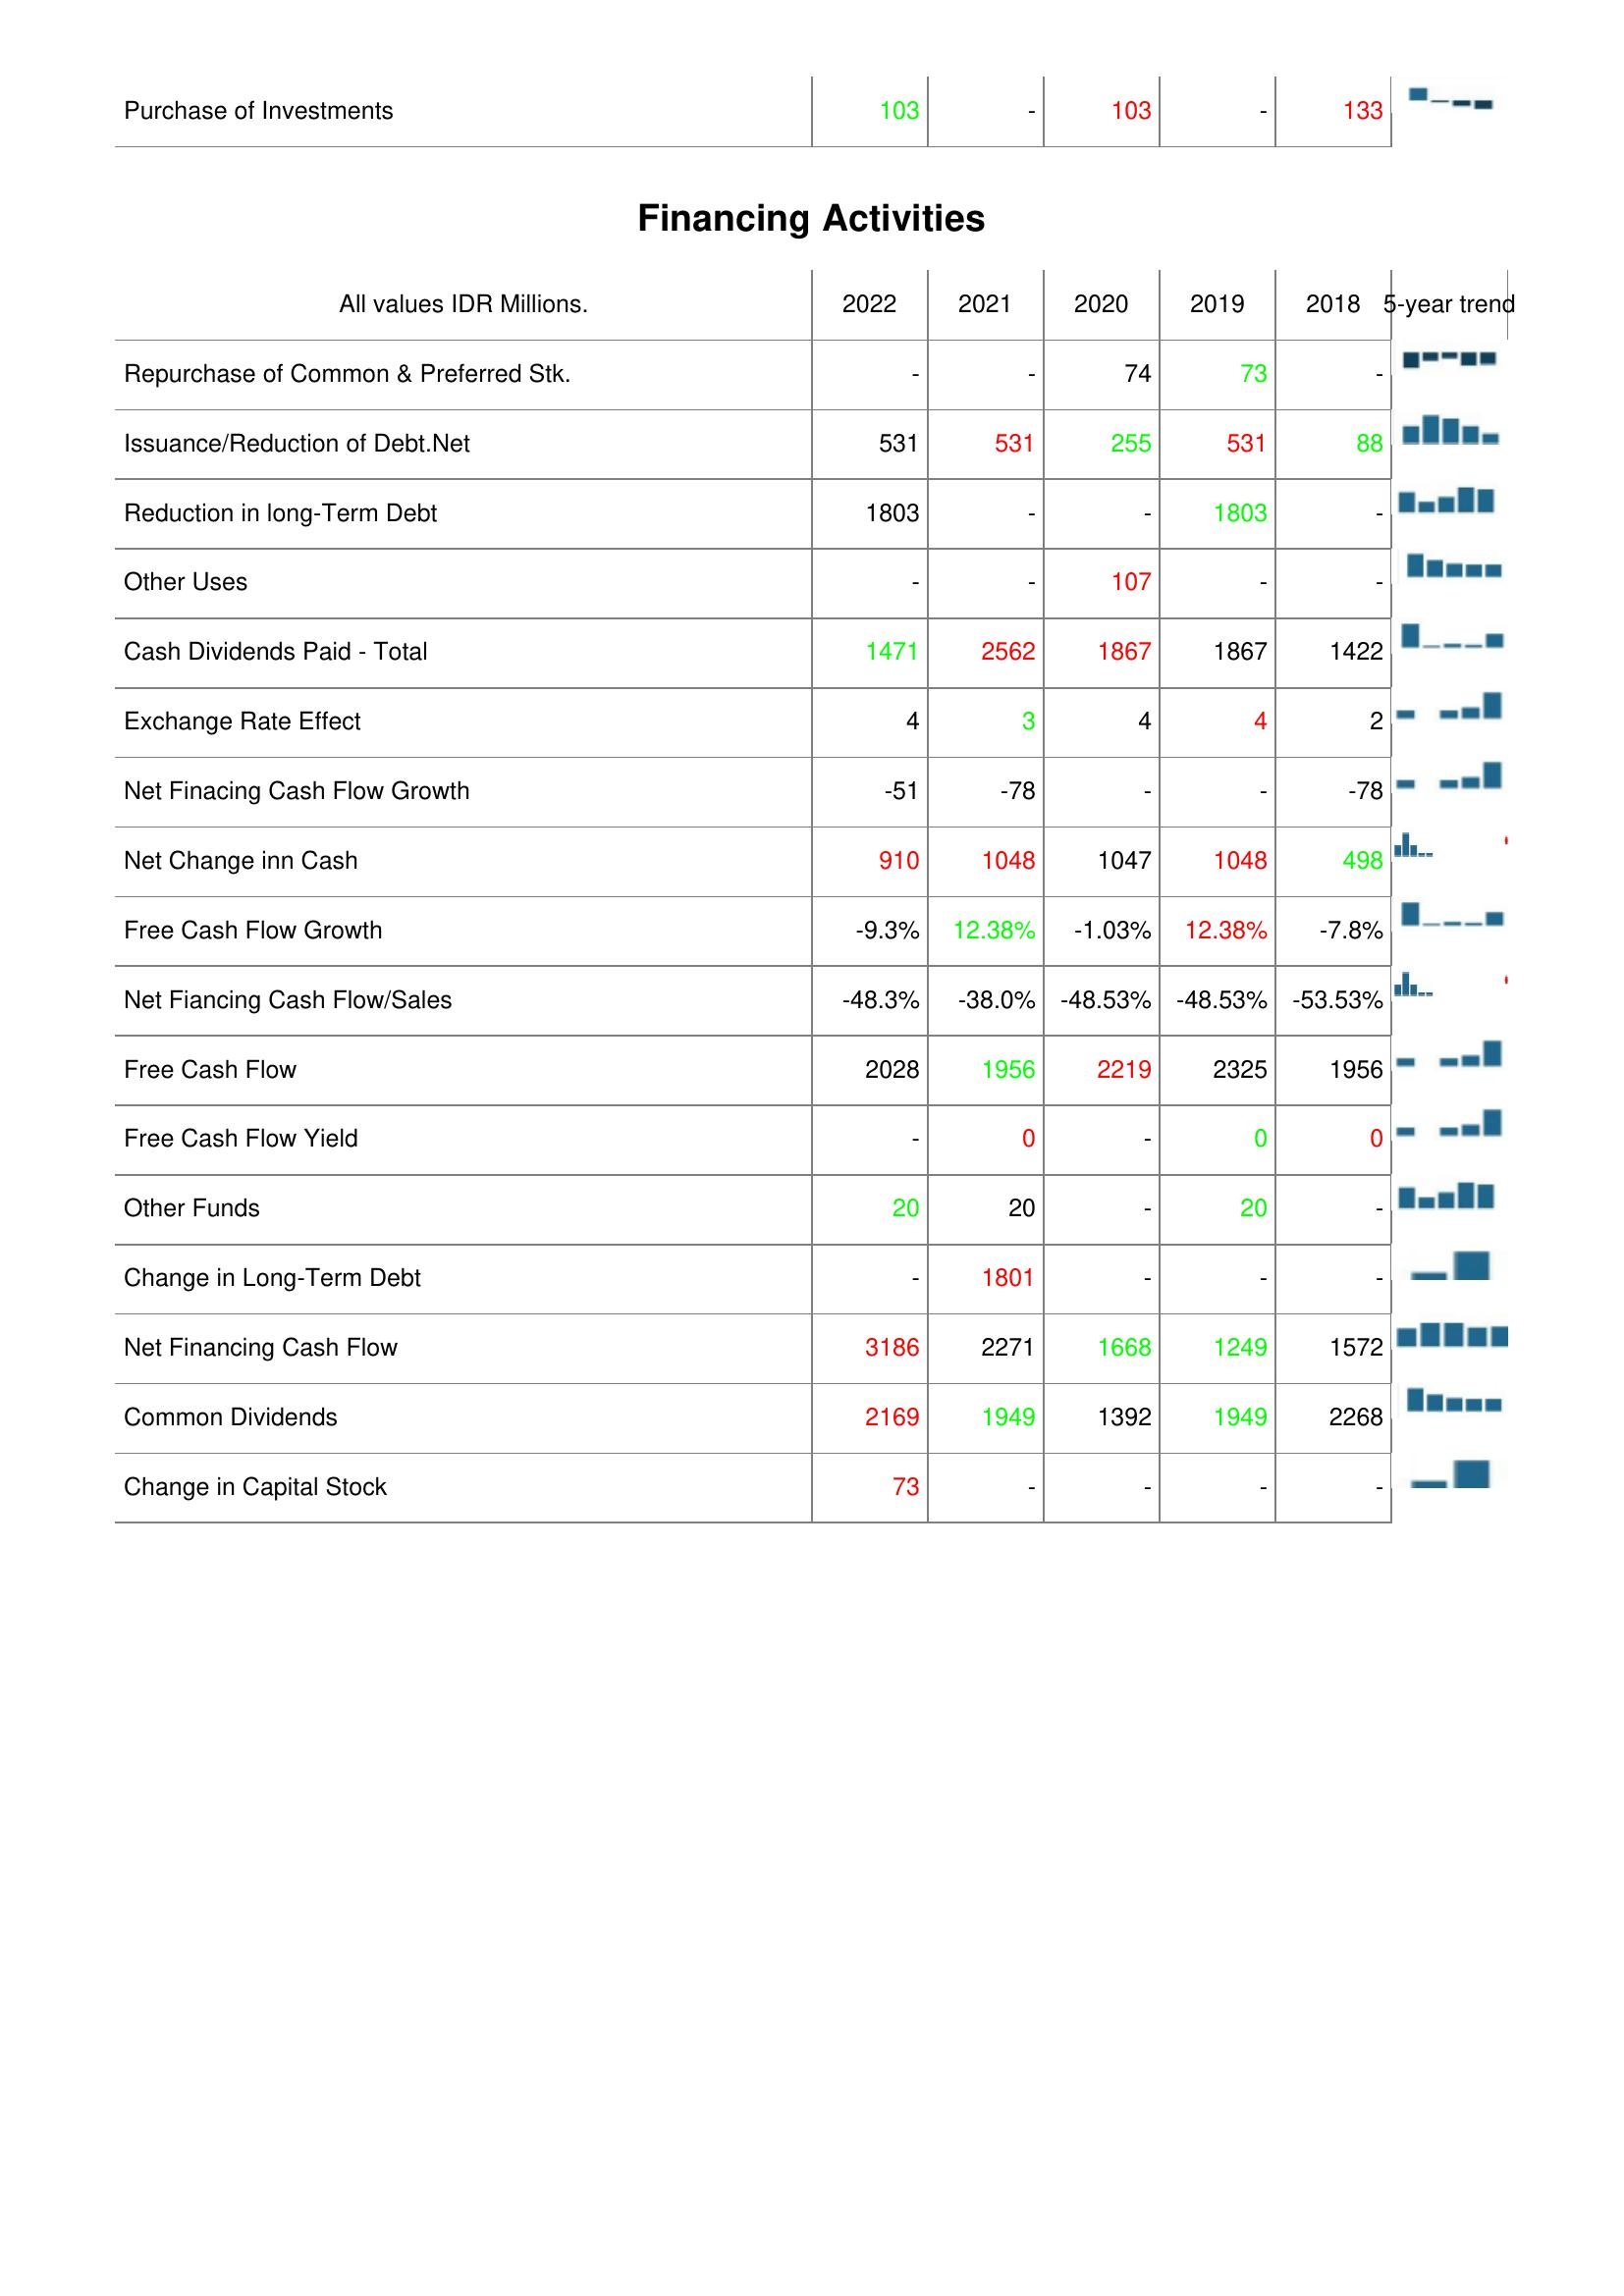
2022: Investing Activities: Purchase of Investments: 103
Financing Activities: Repurchase of Common & Preferred Stk.: -
Issuance/Reduction of Debt.Net: 531
Reduction in long-Term Debt: 1803
Other Uses: -
Cash Dividends Paid - Total: 1471
Exchange Rate Effect: 4
Net Finacing Cash Flow Growth: -51
Net Change inn Cash: 910
Free Cash Flow Growth: -9.3%
Net Fiancing Cash Flow/Sales: -48.3%
Free Cash Flow: 2028
Free Cash Flow Yield: -
Other Funds: 20
Change in Long-Term Debt: -
Net Financing Cash Flow: 3186
Common Dividends: 2169
Change in Capital Stock: 73
2021: Investing Activities: Purchase of Investments: -
Financing Activities: Repurchase of Common & Preferred Stk.: -
Issuance/Reduction of Debt.Net: 531
Reduction in long-Term Debt: -
Other Uses: -
Cash Dividends Paid - Total: 2562
Exchange Rate Effect: 3
Net Finacing Cash Flow Growth: -78
Net Change inn Cash: 1048
Free Cash Flow Growth: 12.38%
Net Fiancing Cash Flow/Sales: -38.0%
Free Cash Flow: 1956
Free Cash Flow Yield: 0
Other Funds: 20
Change in Long-Term Debt: 1801
Net Financing Cash Flow: 2271
Common Dividends: 1949
Change in Capital Stock: -
2020: Investing Activities: Purchase of Investments: 103
Financing Activities: Repurchase of Common & Preferred Stk.: 74
Issuance/Reduction of Debt.Net: 255
Reduction in long-Term Debt: -
Other Uses: 107
Cash Dividends Paid - Total: 1867
Exchange Rate Effect: 4
Net Finacing Cash Flow Growth: -
Net Change inn Cash: 1047
Free Cash Flow Growth: -1.03%
Net Fiancing Cash Flow/Sales: -48.53%
Free Cash Flow: 2219
Free Cash Flow Yield: -
Other Funds: -
Change in Long-Term Debt: -
Net Financing Cash Flow: 1668
Common Dividends: 1392
Change in Capital Stock: -
2019: Investing Activities: Purchase of Investments: -
Financing Activities: Repurchase of Common & Preferred Stk.: 73
Issuance/Reduction of Debt.Net: 531
Reduction in long-Term Debt: 1803
Other Uses: -
Cash Dividends Paid - Total: 1867
Exchange Rate Effect: 4
Net Finacing Cash Flow Growth: -
Net Change inn Cash: 1048
Free Cash Flow Growth: 12.38%
Net Fiancing Cash Flow/Sales: -48.53%
Free Cash Flow: 2325
Free Cash Flow Yield: 0
Other Funds: 20
Change in Long-Term Debt: -
Net Financing Cash Flow: 1249
Common Dividends: 1949
Change in Capital Stock: -
2018: Investing Activities: Purchase of Investments: 133
Financing Activities: Repurchase of Common & Preferred Stk.: -
Issuance/Reduction of Debt.Net: 88
Reduction in long-Term Debt: -
Other Uses: -
Cash Dividends Paid - Total: 1422
Exchange Rate Effect: 2
Net Finacing Cash Flow Growth: -78
Net Change inn Cash: 498
Free Cash Flow Growth: -7.8%
Net Fiancing Cash Flow/Sales: -53.53%
Free Cash Flow: 1956
Free Cash Flow Yield: 0
Other Funds: -
Change in Long-Term Debt: -
Net Financing Cash Flow: 1572
Common Dividends: 2268
Change in Capital Stock: -